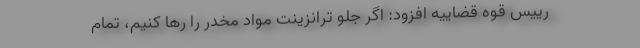
رییس قوه قضاییه افزود: اگر جلو ترانزینت مواد مخدر را رها کنیم، تمام